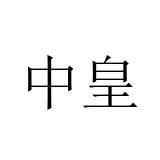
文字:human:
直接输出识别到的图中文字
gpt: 中皇